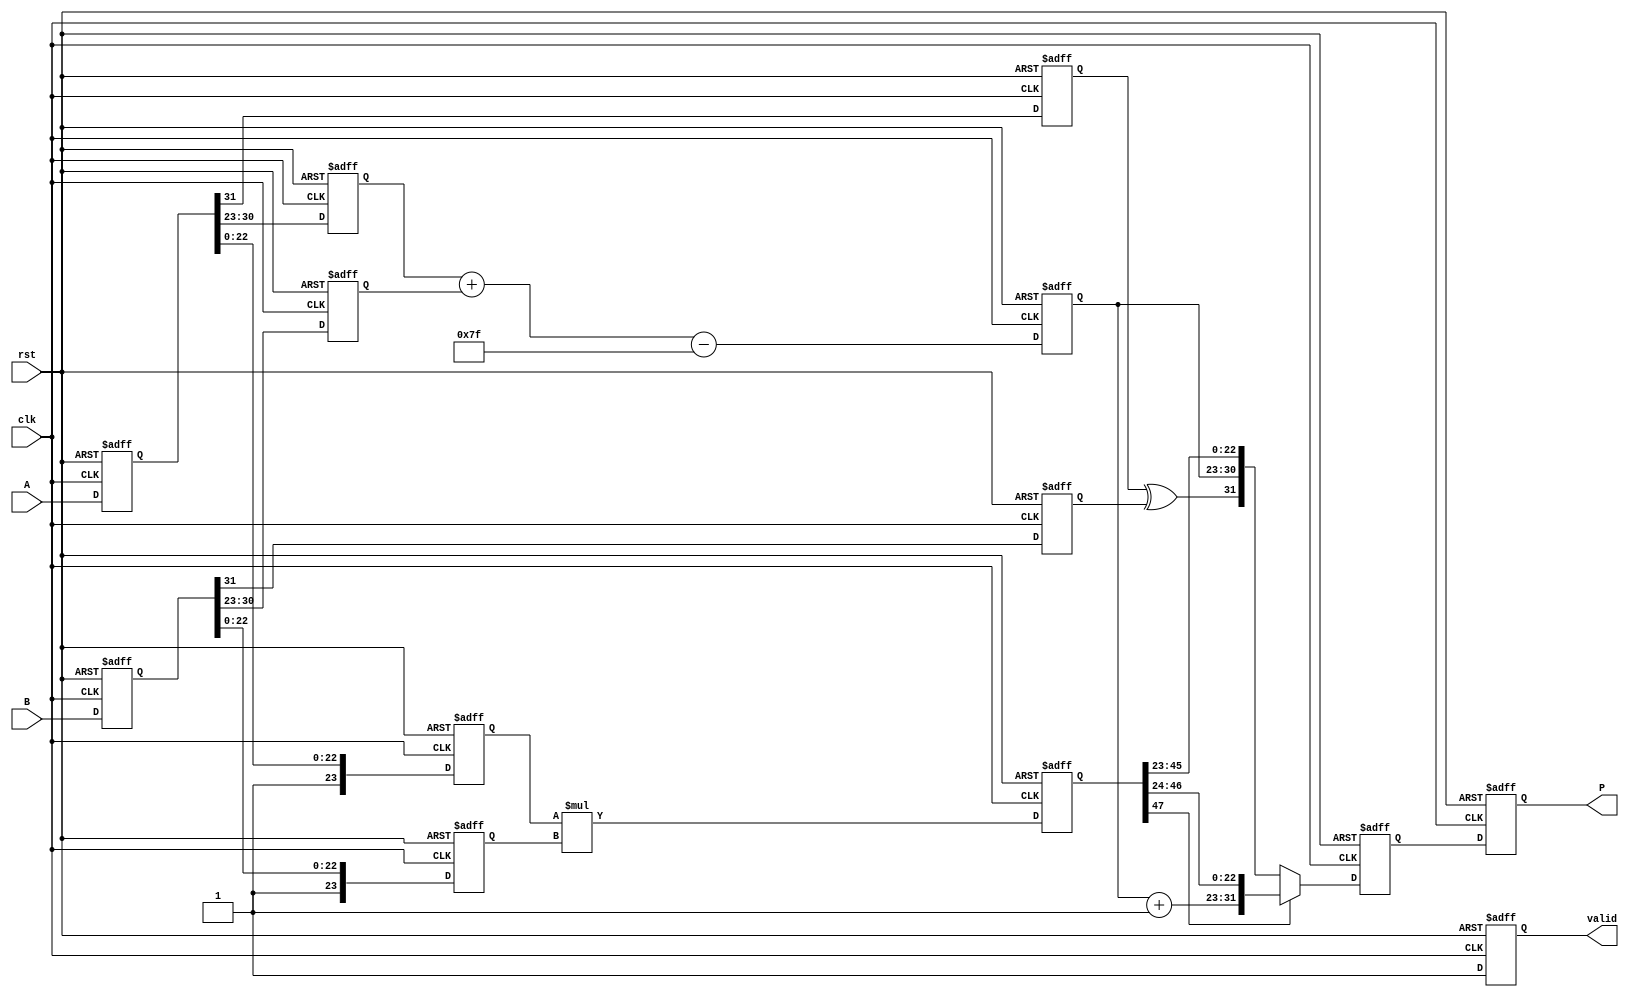
module fp_multiplier (
    input wire clk,
    input wire rst,
    input wire [31:0] A,
    input wire [31:0] B,
    output reg [31:0] P,
    output reg valid
);

    // Constants
    localparam BIAS = 8'd127;
    localparam MANTISSA_WIDTH = 23;
    localparam EXPONENT_WIDTH = 8;

    // Pipeline registers
    reg [31:0] A_reg, B_reg;
    reg sA, sB;
    reg [EXPONENT_WIDTH-1:0] eA, eB, eP;
    reg [MANTISSA_WIDTH:0] mA, mB; // 24 bits for mantissa (including implicit leading 1)
    reg [47:0] mP; // 48 bits for mantissa product
    reg [7:0] exp_adjust; // For normalization adjustment
    reg [31:0] P_temp;

    // Stage 1: Decomposing Inputs
    always @(posedge clk or posedge rst) begin
        if (rst) begin
            A_reg <= 32'b0;
            B_reg <= 32'b0;
        end else begin
            A_reg <= A;
            B_reg <= B;
        end
    end

    // Stage 2: Extract sign, exponent, and mantissa
    always @(posedge clk or posedge rst) begin
        if (rst) begin
            sA <= 1'b0;
            sB <= 1'b0;
            eA <= 8'b0;
            eB <= 8'b0;
            mA <= 24'b0;
            mB <= 24'b0;
        end else begin
            sA <= A_reg[31];
            sB <= B_reg[31];
            eA <= A_reg[30:23];
            eB <= B_reg[30:23];
            mA <= {1'b1, A_reg[22:0]}; // Implicit leading 1
            mB <= {1'b1, B_reg[22:0]}; // Implicit leading 1
        end
    end

    // Stage 3: Exponent Calculation
    always @(posedge clk or posedge rst) begin
        if (rst) begin
            eP <= 8'b0;
        end else begin
            eP <= eA + eB - BIAS;
        end
    end

    // Stage 4: Mantissa Multiplication
    always @(posedge clk or posedge rst) begin
        if (rst) begin
            mP <= 48'b0;
        end else begin
            mP <= mA * mB; // Mantissa multiplication
        end
    end

    // Stage 5: Normalization
    always @(posedge clk or posedge rst) begin
        if (rst) begin
            exp_adjust <= 8'b0;
            P_temp <= 32'b0;
        end else begin
            if (mP[47]) begin // If the result is greater than or equal to 2
                P_temp <= {sA ^ sB, eP + 1, mP[46:24]}; // Normalize and adjust exponent
            end else begin
                P_temp <= {sA ^ sB, eP, mP[45:23]}; // No normalization needed
            end
        end
    end

    // Stage 6: Assembling Final Output
    always @(posedge clk or posedge rst) begin
        if (rst) begin
            P <= 32'b0;
            valid <= 1'b0;
        end else begin
            P <= P_temp;
            valid <= 1'b1; // Indicate output is valid
        end
    end

endmodule